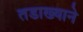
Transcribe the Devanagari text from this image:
तडाख्याने